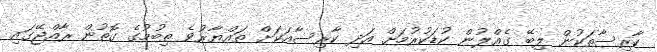
ކާރިސާތަކުން ލިބޭ ގެއްލުން ކުޑަކުރުމަށް އަދި ކާރިސާއަކަށް ތައްޔާރުވެ ތިބުމުގެ ގޮތުން ރާއްޖޭގައި